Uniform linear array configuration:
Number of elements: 32
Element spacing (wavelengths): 1
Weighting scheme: uniform
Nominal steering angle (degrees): -15
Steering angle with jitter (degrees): -15.78
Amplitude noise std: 0.05
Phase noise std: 0.05

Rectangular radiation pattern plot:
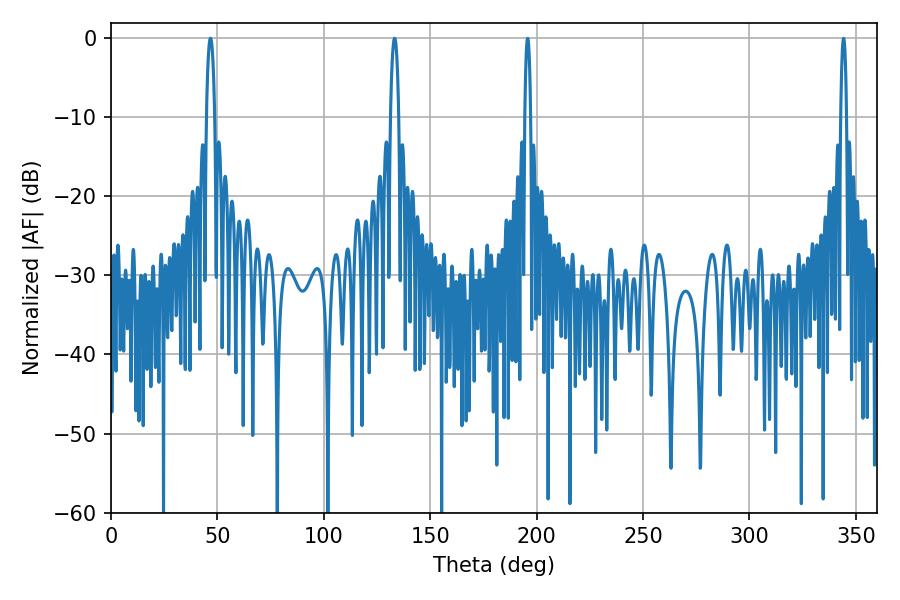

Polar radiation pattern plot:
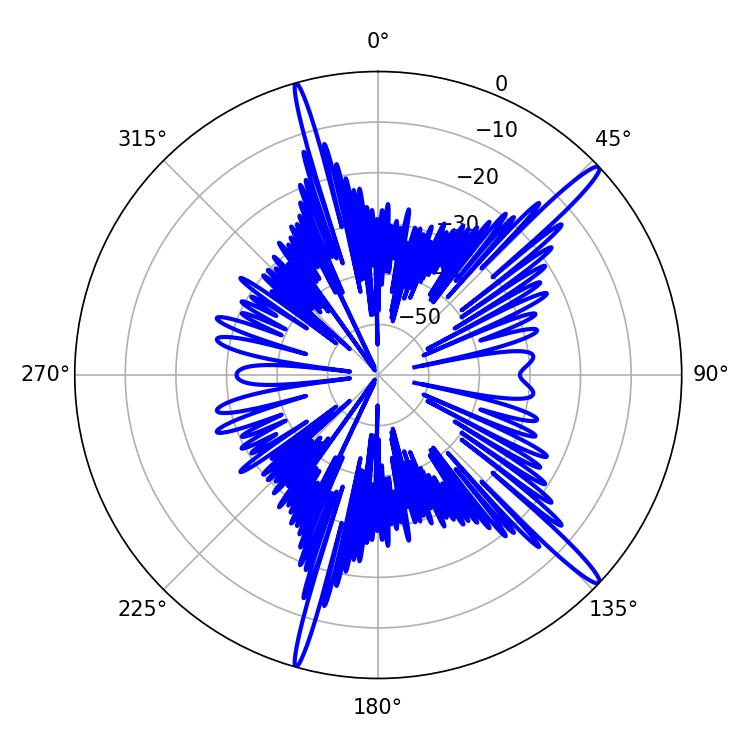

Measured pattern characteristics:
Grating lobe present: TRUE
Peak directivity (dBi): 16.171
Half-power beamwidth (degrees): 2.16
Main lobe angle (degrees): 133.2